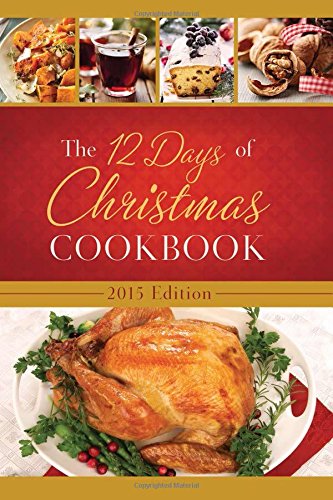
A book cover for The 12 Days of Christmas Cookbook 2015 Edition: The Ultimate in Effortless Holiday Entertaining; Publishing Barbour; Cookbooks, Food & Wine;